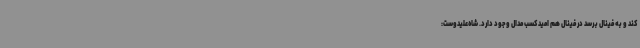
کند و به فینال برسد در فینال هم امید کسب مدال وجود دارد. شاه‌علیدوست: